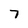
Character: 7